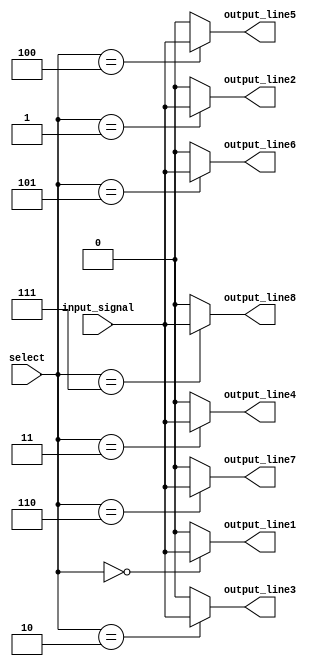
module demultiplexer
(
    input wire [2:0] select,
    input wire input_signal,
    output reg output_line1,
    output reg output_line2,
    output reg output_line3,
    output reg output_line4,
    output reg output_line5,
    output reg output_line6,
    output reg output_line7,
    output reg output_line8
);

always @(*)
begin
    output_line1 = (select == 3'b000) ? input_signal : 1'b0;
    output_line2 = (select == 3'b001) ? input_signal : 1'b0;
    output_line3 = (select == 3'b010) ? input_signal : 1'b0;
    output_line4 = (select == 3'b011) ? input_signal : 1'b0;
    output_line5 = (select == 3'b100) ? input_signal : 1'b0;
    output_line6 = (select == 3'b101) ? input_signal : 1'b0;
    output_line7 = (select == 3'b110) ? input_signal : 1'b0;
    output_line8 = (select == 3'b111) ? input_signal : 1'b0;
end

endmodule